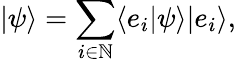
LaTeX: |\psi\rangle=\sum_{i\in\mathbb{N}}\langle e_{i}|\psi\rangle|e_{i}\rangle,